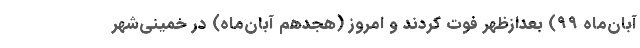
آبان‌ماه ۹۹) بعدازظهر فوت کردند و امروز (هجدهم آبان‌ماه) در خمینی‌شهر